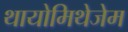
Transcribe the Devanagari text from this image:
थायोमिथेजेम